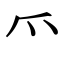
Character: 爫